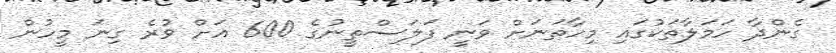
ގެންދާ ހަމަލާތަކުގައި މިހާތަނަށް ވަނީ ފަލަސްތީނުގެ 600 އަށް ވުރެ ގިނަ މީހުން